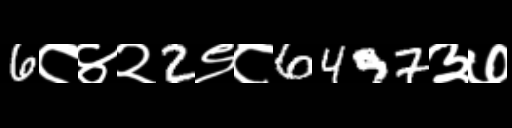
Text: 6८४२2९८6497३७